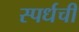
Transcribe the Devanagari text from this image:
स्पर्धची